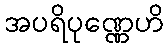
အပရိပုဏ္ဏေဟိ